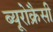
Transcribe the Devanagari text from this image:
ब्यूरोक्रैसी